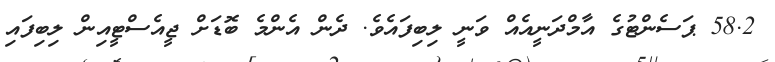
58.2 ޕަސެންޓުގެ އާމްދަނީއެއް ވަނީ ލިބިފައެވެ. ދެން އެންމެ ބޮޑަށް ޖީއެސްޓީއިން ލިބިފައި